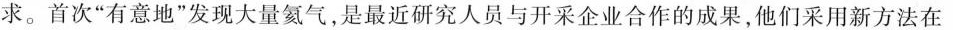
求。首次”有意地”发现大量氦气，是最近研究人员与开采企业合作的成果，他们采用新方法在